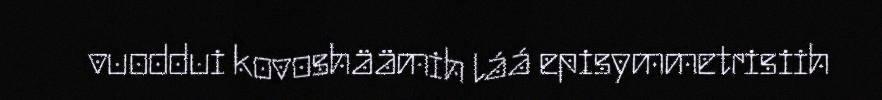
vuoddui kovoshäämih láá episymmetrisiih